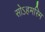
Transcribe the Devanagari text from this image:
सोऽहमस्मि